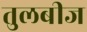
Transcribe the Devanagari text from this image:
तुलबीज